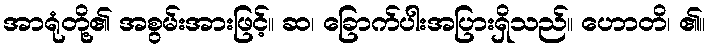
အာရုံတို့၏ အစွမ်းအားဖြင့်။ ဆ၊ ခြောက်ပါးအပြားရှိသည်။ ဟောတိ၊ ၏။